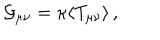
{ \cal G } _ { \mu \nu } = \kappa \langle T _ { \mu \nu } \rangle \, ,